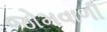
જોમવાળી